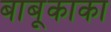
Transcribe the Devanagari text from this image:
बाबूकाका